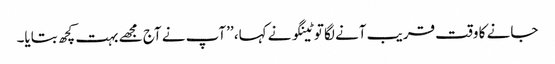
جانے کا وقت قریب آنے لگا توٹینگو نے کہا، ’’آپ نے آج مجھے بہت کچھ بتایا۔